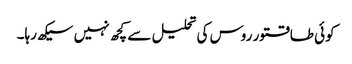
کوئی طاقتور روس کی تحلیل سے کچھ نہیں سیکھ رہا۔